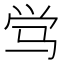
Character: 𬳸